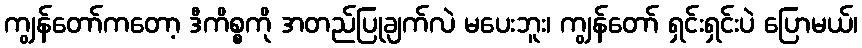
ကျွန်တော်ကတော့ ဒီကိစ္စကို အတည်ပြုချက်လဲ မပေးဘူး၊ ကျွန်တော် ရှင်းရှင်းပဲ ပြောမယ်၊